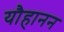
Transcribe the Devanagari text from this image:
यौहानन